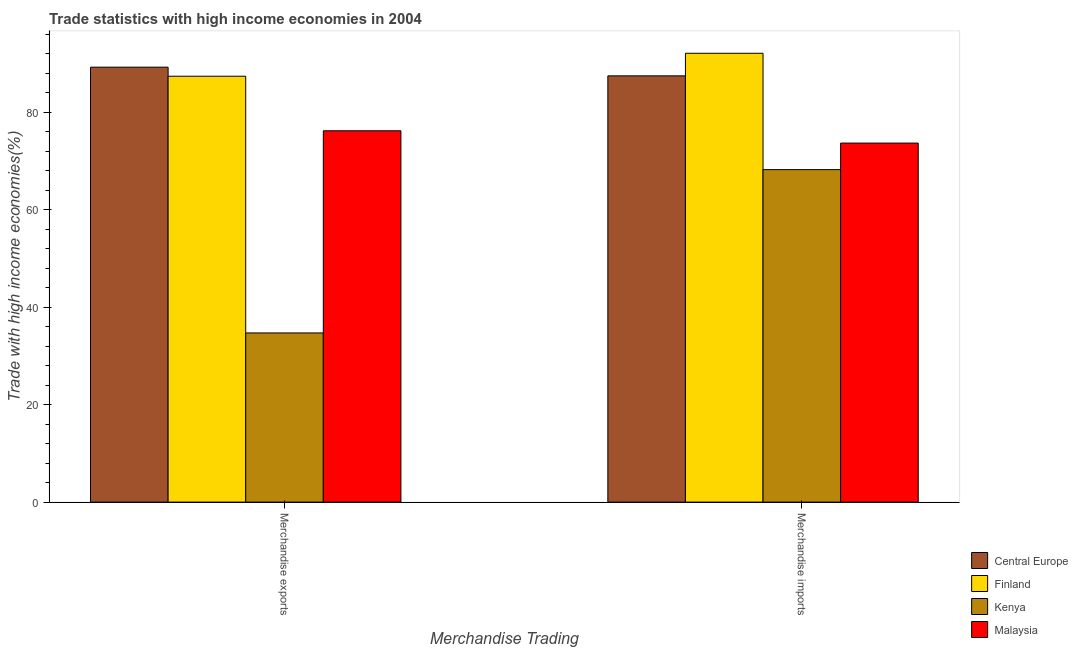
| Merchandise Trading | Central Europe | Finland | Kenya | Malaysia |
 | --- | --- | --- | --- | --- |
 | Merchandise exports | 89.3 | 87.4 | 34.7 | 76.2 |
 | Merchandise imports | 87.5 | 92.1 | 68.2 | 73.7 |